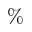
\%